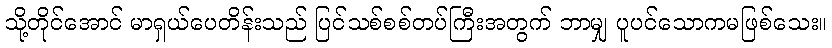
သို့တိုင်အောင် မာရှယ်ပေတိန်းသည် ပြင်သစ်စစ်တပ်ကြီးအတွက် ဘာမျှ ပူပင်သောကမဖြစ်သေး။